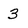
Character: 3